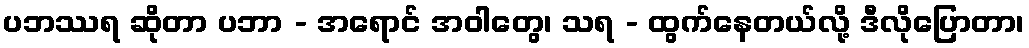
ပဘဿရ ဆိုတာ ပဘာ - အရောင် အဝါတွေ၊ သရ - ထွက်နေတယ်လို့ ဒီလိုပြောတာ၊